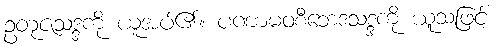
ဥတုဇသဒ္ဒကို ယူအပ်၏။ ပဏာမဝစီဘေဒသဒ္ဒကို ယူသဖြင့်